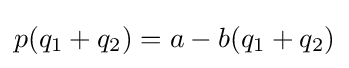
p(q_{1}+q_{2})=a-b(q_{1}+q_{2})